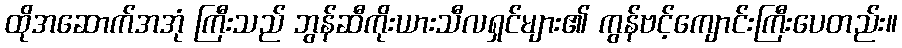
ထိုအဆောက်အအုံ ကြီးသည် ဘွန်ဆီကိုးယားသီလရှင်များ၏ ကွန်ဗင့်ကျောင်းကြီးပေတည်း။